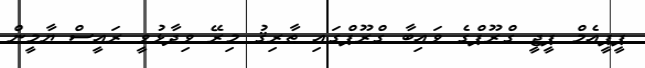
ޕީޕީއެމް ޕީޖީ ގްރޫޕްގެ ވައިބާ ގްރޫޕްގައި ޠާރިޤު މިރޭ ވިދާޅުވީ ރައީސް ޔާމީން